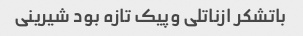
باتشکر ازناتلی وپیک تازه بود شیرینی